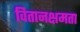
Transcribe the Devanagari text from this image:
वितानक्षमता